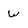
Character: w